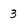
Character: 3